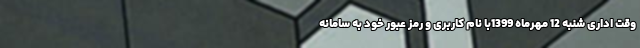
وقت اداری شنبه 12 مهرماه 1399با نام کاربری و رمز عبور خود به سامانه